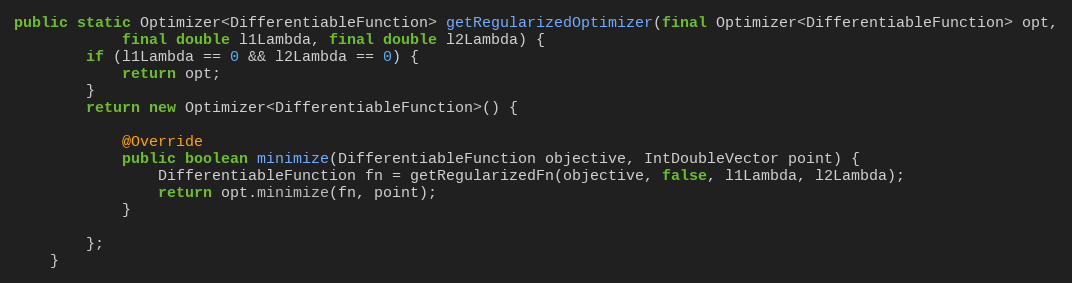
Language: Java
public static Optimizer<DifferentiableFunction> getRegularizedOptimizer(final Optimizer<DifferentiableFunction> opt,
            final double l1Lambda, final double l2Lambda) {
        if (l1Lambda == 0 && l2Lambda == 0) {
            return opt;
        }
        return new Optimizer<DifferentiableFunction>() {

            @Override
            public boolean minimize(DifferentiableFunction objective, IntDoubleVector point) {
                DifferentiableFunction fn = getRegularizedFn(objective, false, l1Lambda, l2Lambda);
                return opt.minimize(fn, point);
            }

        };
    }